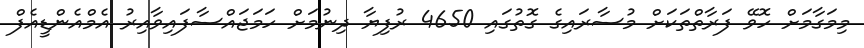
މިމަގާމަށް ހޮވޭ ފަރާތްތަކަށް މުސާރައިގެ ގޮތުގައި 4650 ރުފިޔާ ދިނުމަށް ހަމަޖައްސާފައިވާއިރު އެމްއެންޑީއެފް